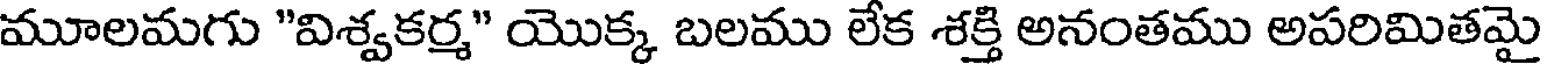
మూలమగు "విశ్వకర్మ" యొక్క బలము లేక శక్తి అనంతము అపరిమితమై